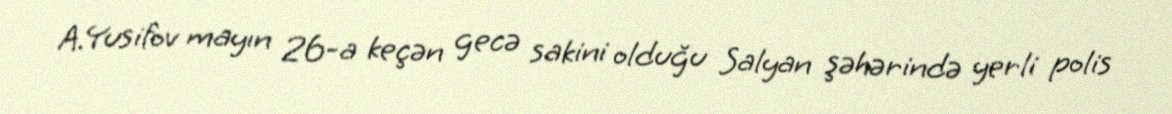
A.Yusifov mayın 26-a keçən gecə sakini olduğu Salyan şəhərində yerli polis